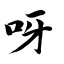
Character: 呀